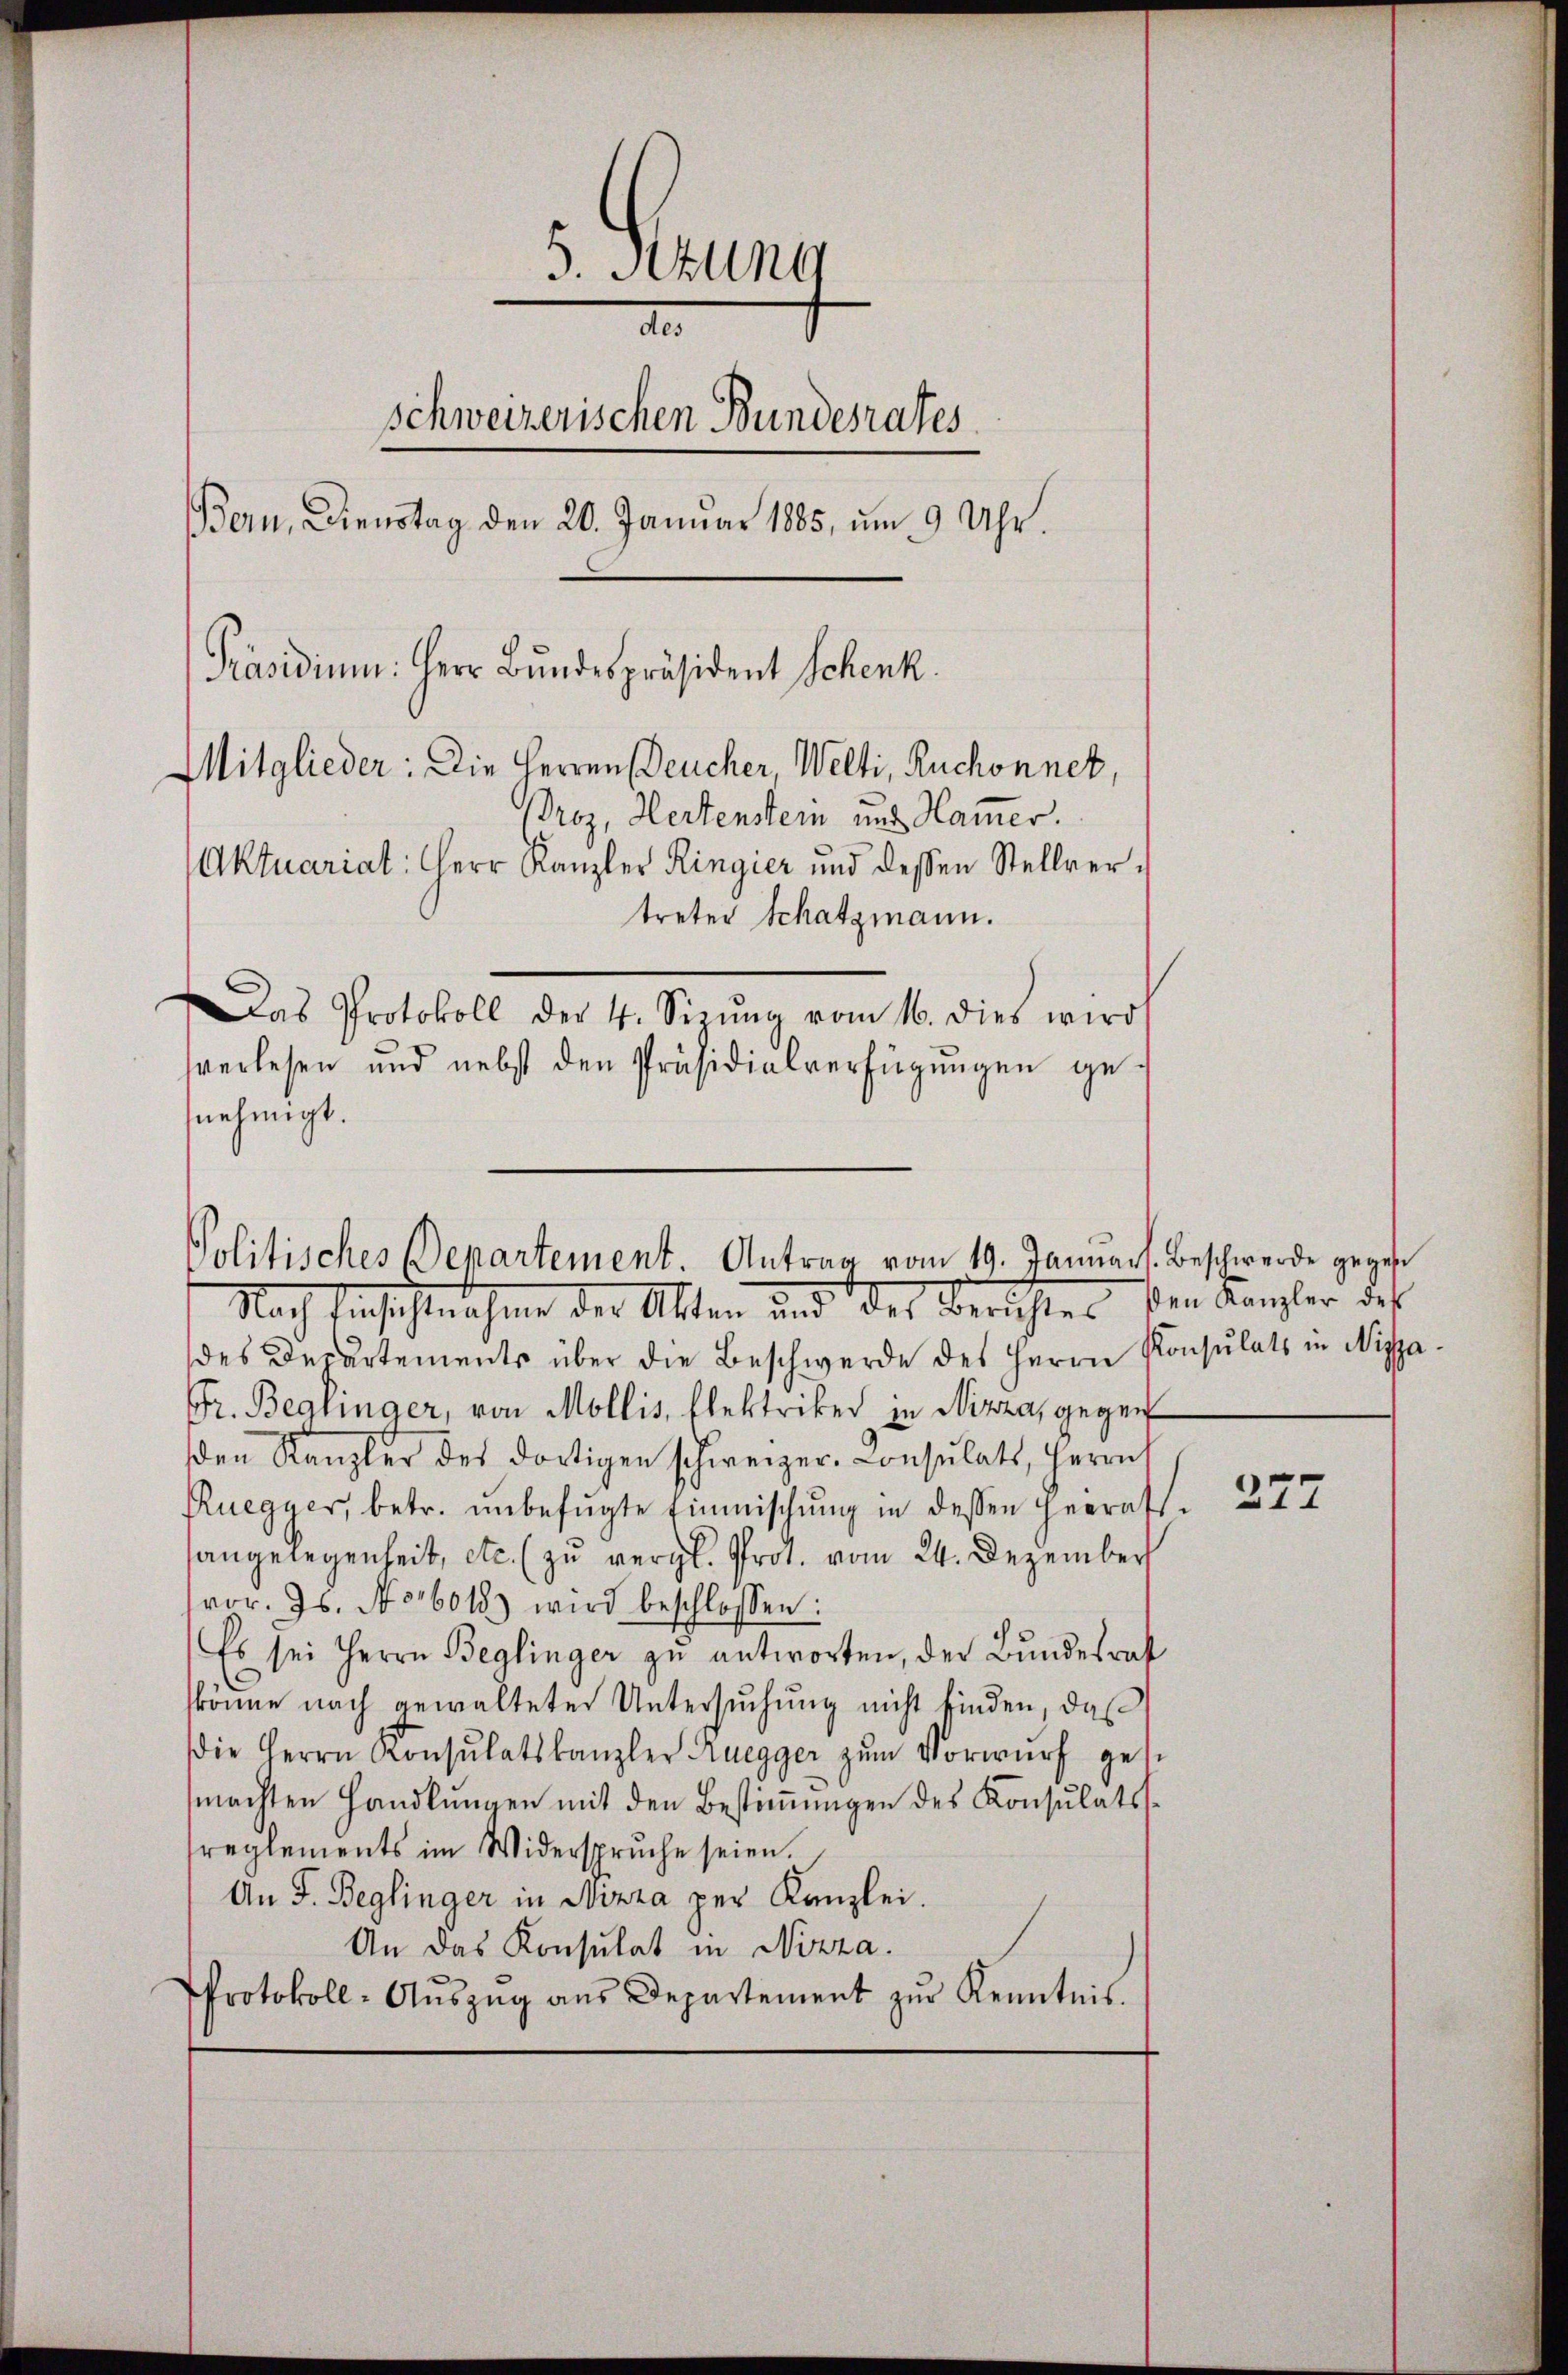
5. Stung
a
schweizerischen Bundesrates
Bern, Dienstag den 20. Januar 1885, um 9 Uhr.
[Präsidium. Herr Bundespräsident Schenk
Mitglieder: Die Herren Deucher, Welti, Ruchonnet,
Broz, Hertenstein und Hammer.
Aktuariat: Herr Kanzler Ringier und dessen Stellvertreter Schatzmann.
Das Protokoll der 4. Senŭng vom 16. dies wird
verlesen und nebst den Präsidialverfügungen ge¬

nehmigt.

Nach Einsichtnahme der Alten und des Berichter den Kanzler des
des Departements über die Beschwerde des Herrn Konsulats in Nizza
Fr. Beglinger, von Mollis, Elektriker in Nizza, gegen
sden Kanzler des dortigen schweizer-Consulats, Herrn
Ruegger, betr. ŭnbefŭgte Einmischŭng in dessen herrats-
hangelegenheit, etc. (zu vergl. Prot. vom 24. Dezember
vor. Js. No 16018) wird beschlossen:
Es sei Herrn Beglinger zu antworten, der Bundesrat
könne nach gewalteter Untersuchung nicht finden, daß
die Herrn Konsulatskanzler Ruegger zŭm Vorwurf gest
machten Handlŭngen mit den Bestiṁŭngen des Konsulats-
reglements im Widerspruche seien.
An F. Beglinger in Nizza per Kanzlei.
An das Konsulat in Nizza.
Protokoll-Aŭszŭg aŭs Departement zŭr Kenntnis.

Politisches Departement. Antrag vom 19. Januars. Beschwerde gegen

277